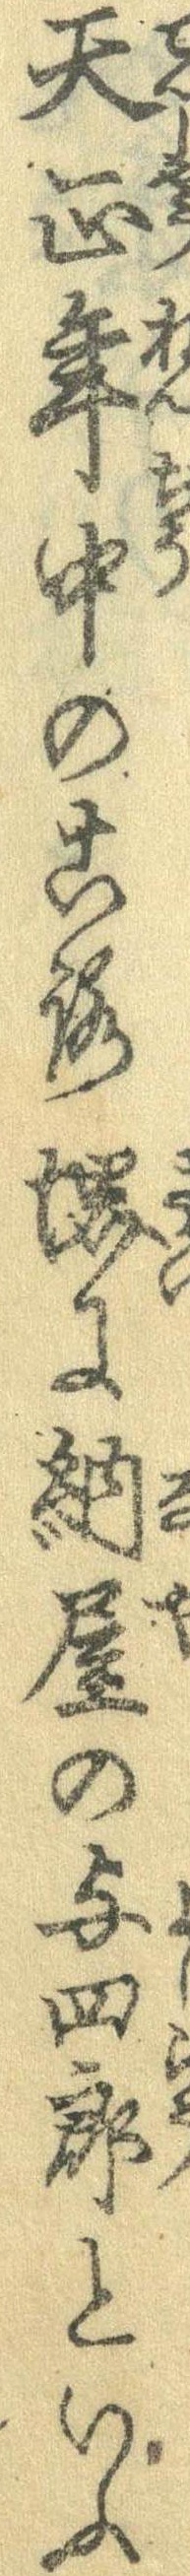
天正年中のころ堺に納屋の与四郎といふ